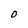
Character: O